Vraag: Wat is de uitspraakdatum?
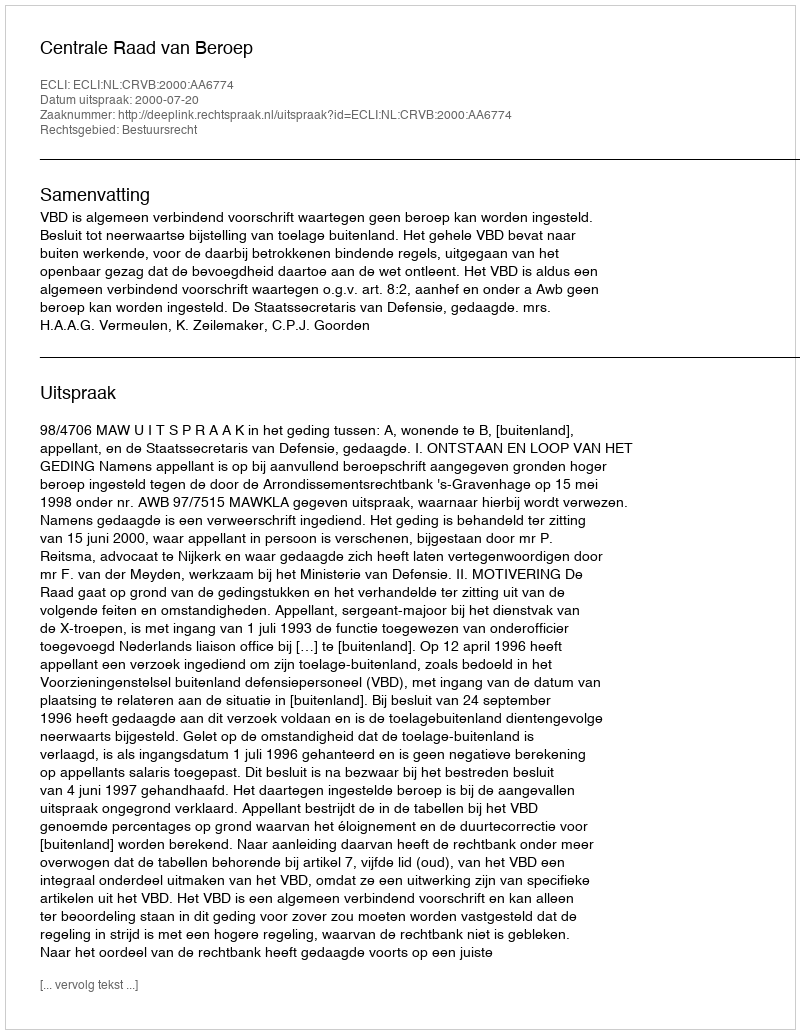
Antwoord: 2000-07-20